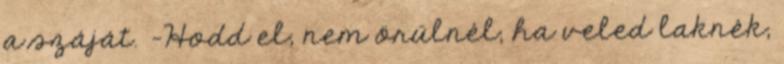
a száját. -Hodd el, nem örülnél, ha veled laknék,